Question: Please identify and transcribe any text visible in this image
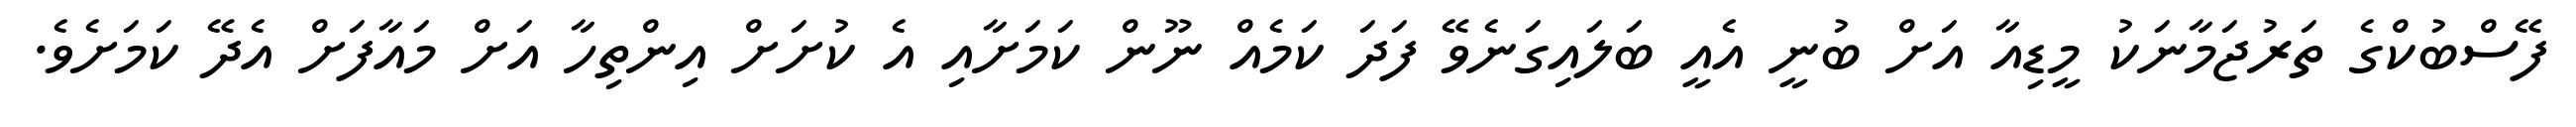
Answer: ފޭސްބުކްގެ ތަރުޖަމާނަކު މީޑިއާ އަށް ބުނީ އެއީ ބަލައިގަނެވޭ ފަދަ ކަމެއް ނޫން ކަމަށާއި އެ ކުށަށް އިންތިހާ އަށް މައާފަށް އެދޭ ކަމަށެވެ.